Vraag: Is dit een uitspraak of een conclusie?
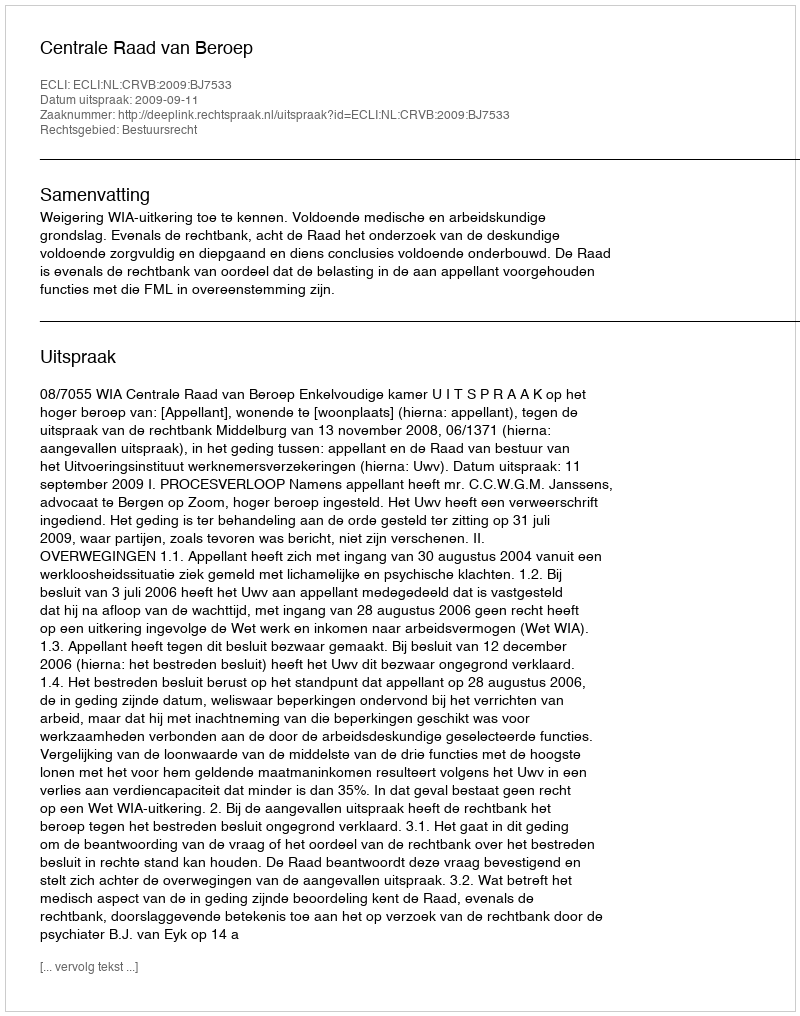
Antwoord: Uitspraak